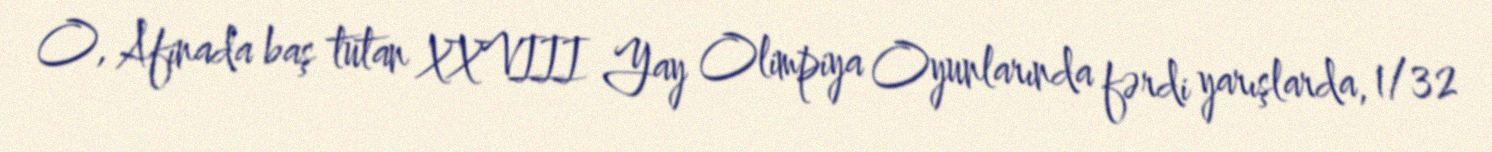
O, Afinada baş tutan XXVIII Yay Olimpiya Oyunlarında fərdi yarışlarda, 1/32